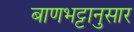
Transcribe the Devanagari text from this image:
बाणभट्टानुसार